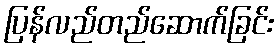
ပြန်လည်တည်ဆောက်ခြင်း